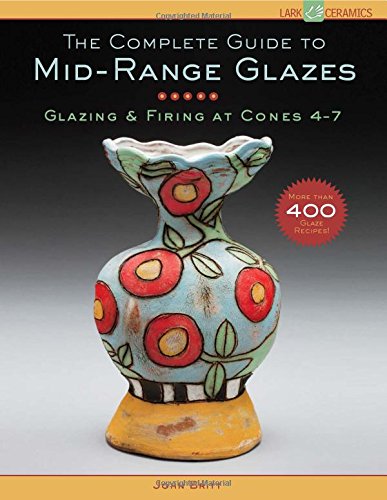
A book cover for The Complete Guide to Mid-Range Glazes: Glazing and Firing at Cones 4-7 (Lark Ceramics Books); John Britt; Crafts, Hobbies & Home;